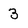
Character: 3